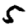
Digit: 5